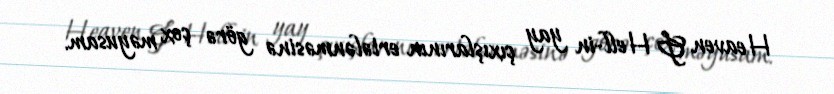
Heaven & Hell-in yay çıxışlarının ertələnməsinə görə çox məyusam.